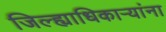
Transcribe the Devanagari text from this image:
जिल्ह्याधिकाऱ्यांना